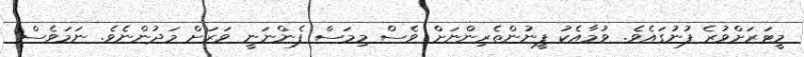
މީޓަރަށްވުރެ ފުނުގައެވެ. ވުމާއެކު ފީނުންތެރިންނަށް ވެސް މިމަސް ފެންނަނީ ވަރަށް މަދުންނެވެ. ނަމަވެސް